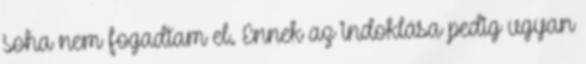
soha nem fogadtam el. Ennek az indoklása pedig ugyan